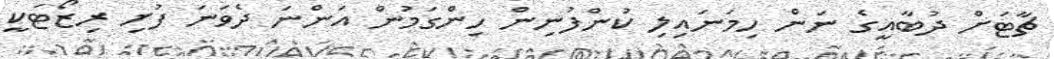
ޗާޓަށް ދުބާއީގެ ނަން ހިމަނައިލި ކުންފުނިން ހިންގަމުން އަންނަ ދެވަނަ ފުށި ރިޒޯޓަކީ